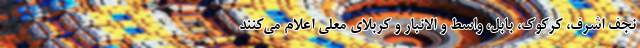
نجف اشرف، کرکوک، بابل، واسط و الانبار و کربلای معلی اعلام می‌کنند